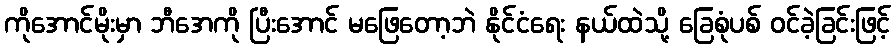
ကိုအောင်မိုးမှာ ဘီအေကို ပြီးအောင် မဖြေတော့ဘဲ နိုင်ငံရေး နယ်ထဲသို့ ခြေစုံပစ် ဝင်ခဲ့ခြင်းဖြင့်